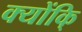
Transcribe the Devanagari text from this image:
क्योंकि्